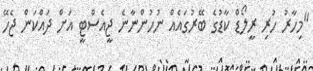
"މިހާރު ހުރި ރީލޯޑް ކާޑުގެ ބޭރުގައެއް ނުހުންނާނެ ޖީއެސްޓީ އަށް ދައްކަން ޖެހޭ